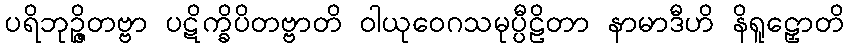
ပရိဘုဉ္ဇိတဗ္ဗာ ပဋိက္ခိပိတဗ္ဗာတိ ဝါယုဝေဂသမုပ္ပီဠိတာ နာမာဒီဟိ နိရူဠှောတိ